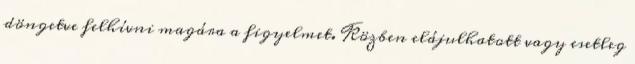
döngetve felhívni magára a figyelmet. Közben elájulhatott vagy esetleg